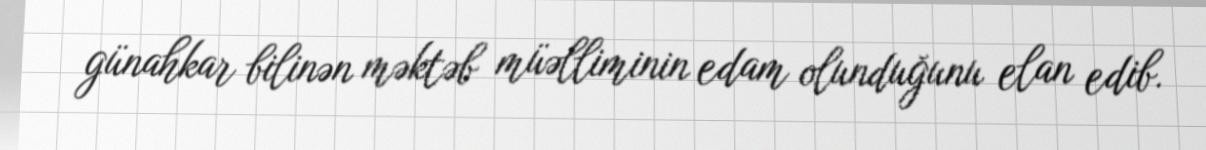
günahkar bilinən məktəb müəlliminin edam olunduğunu elan edib.